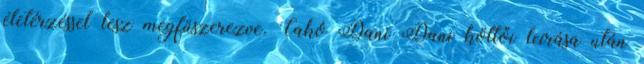
életérzéssel lesz megfűszerezve. Cakó Dani Dani költői leírása után